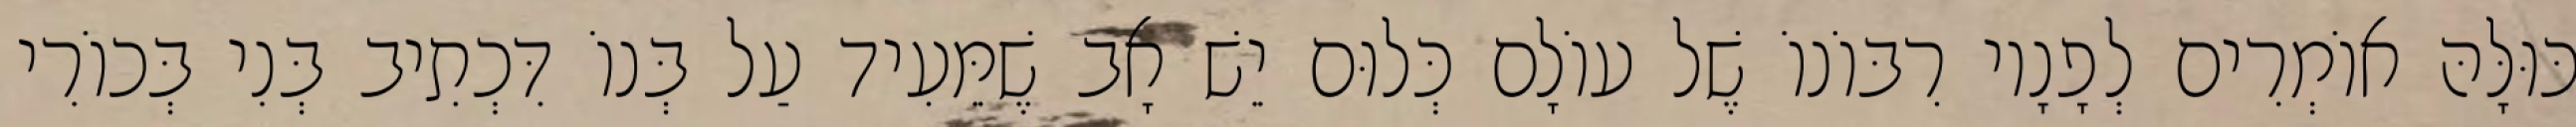
כּוּלָּהּ אוֹמְרִים לְפָנָיו רִבּוֹנוֹ שֶׁל עוֹלָם כְּלוּם יֵשׁ אָב שֶׁמֵּעִיד עַל בְּנוֹ דִּכְתִיב בְּנִי בְּכוֹרִי